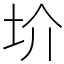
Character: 圿